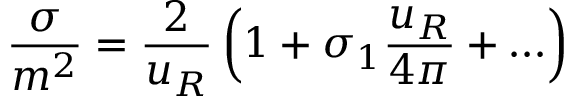
\frac { \sigma } { m ^ { 2 } } = \frac { 2 } { u _ { R } } \left( 1 + \sigma _ { 1 } \frac { u _ { R } } { 4 \pi } + \ldots \right)